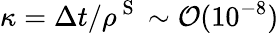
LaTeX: \kappa=\Delta t/\rho^{\mathrm{~S~}}\sim\mathcal{O}(10^{-8})